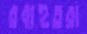
রবাহুতরা